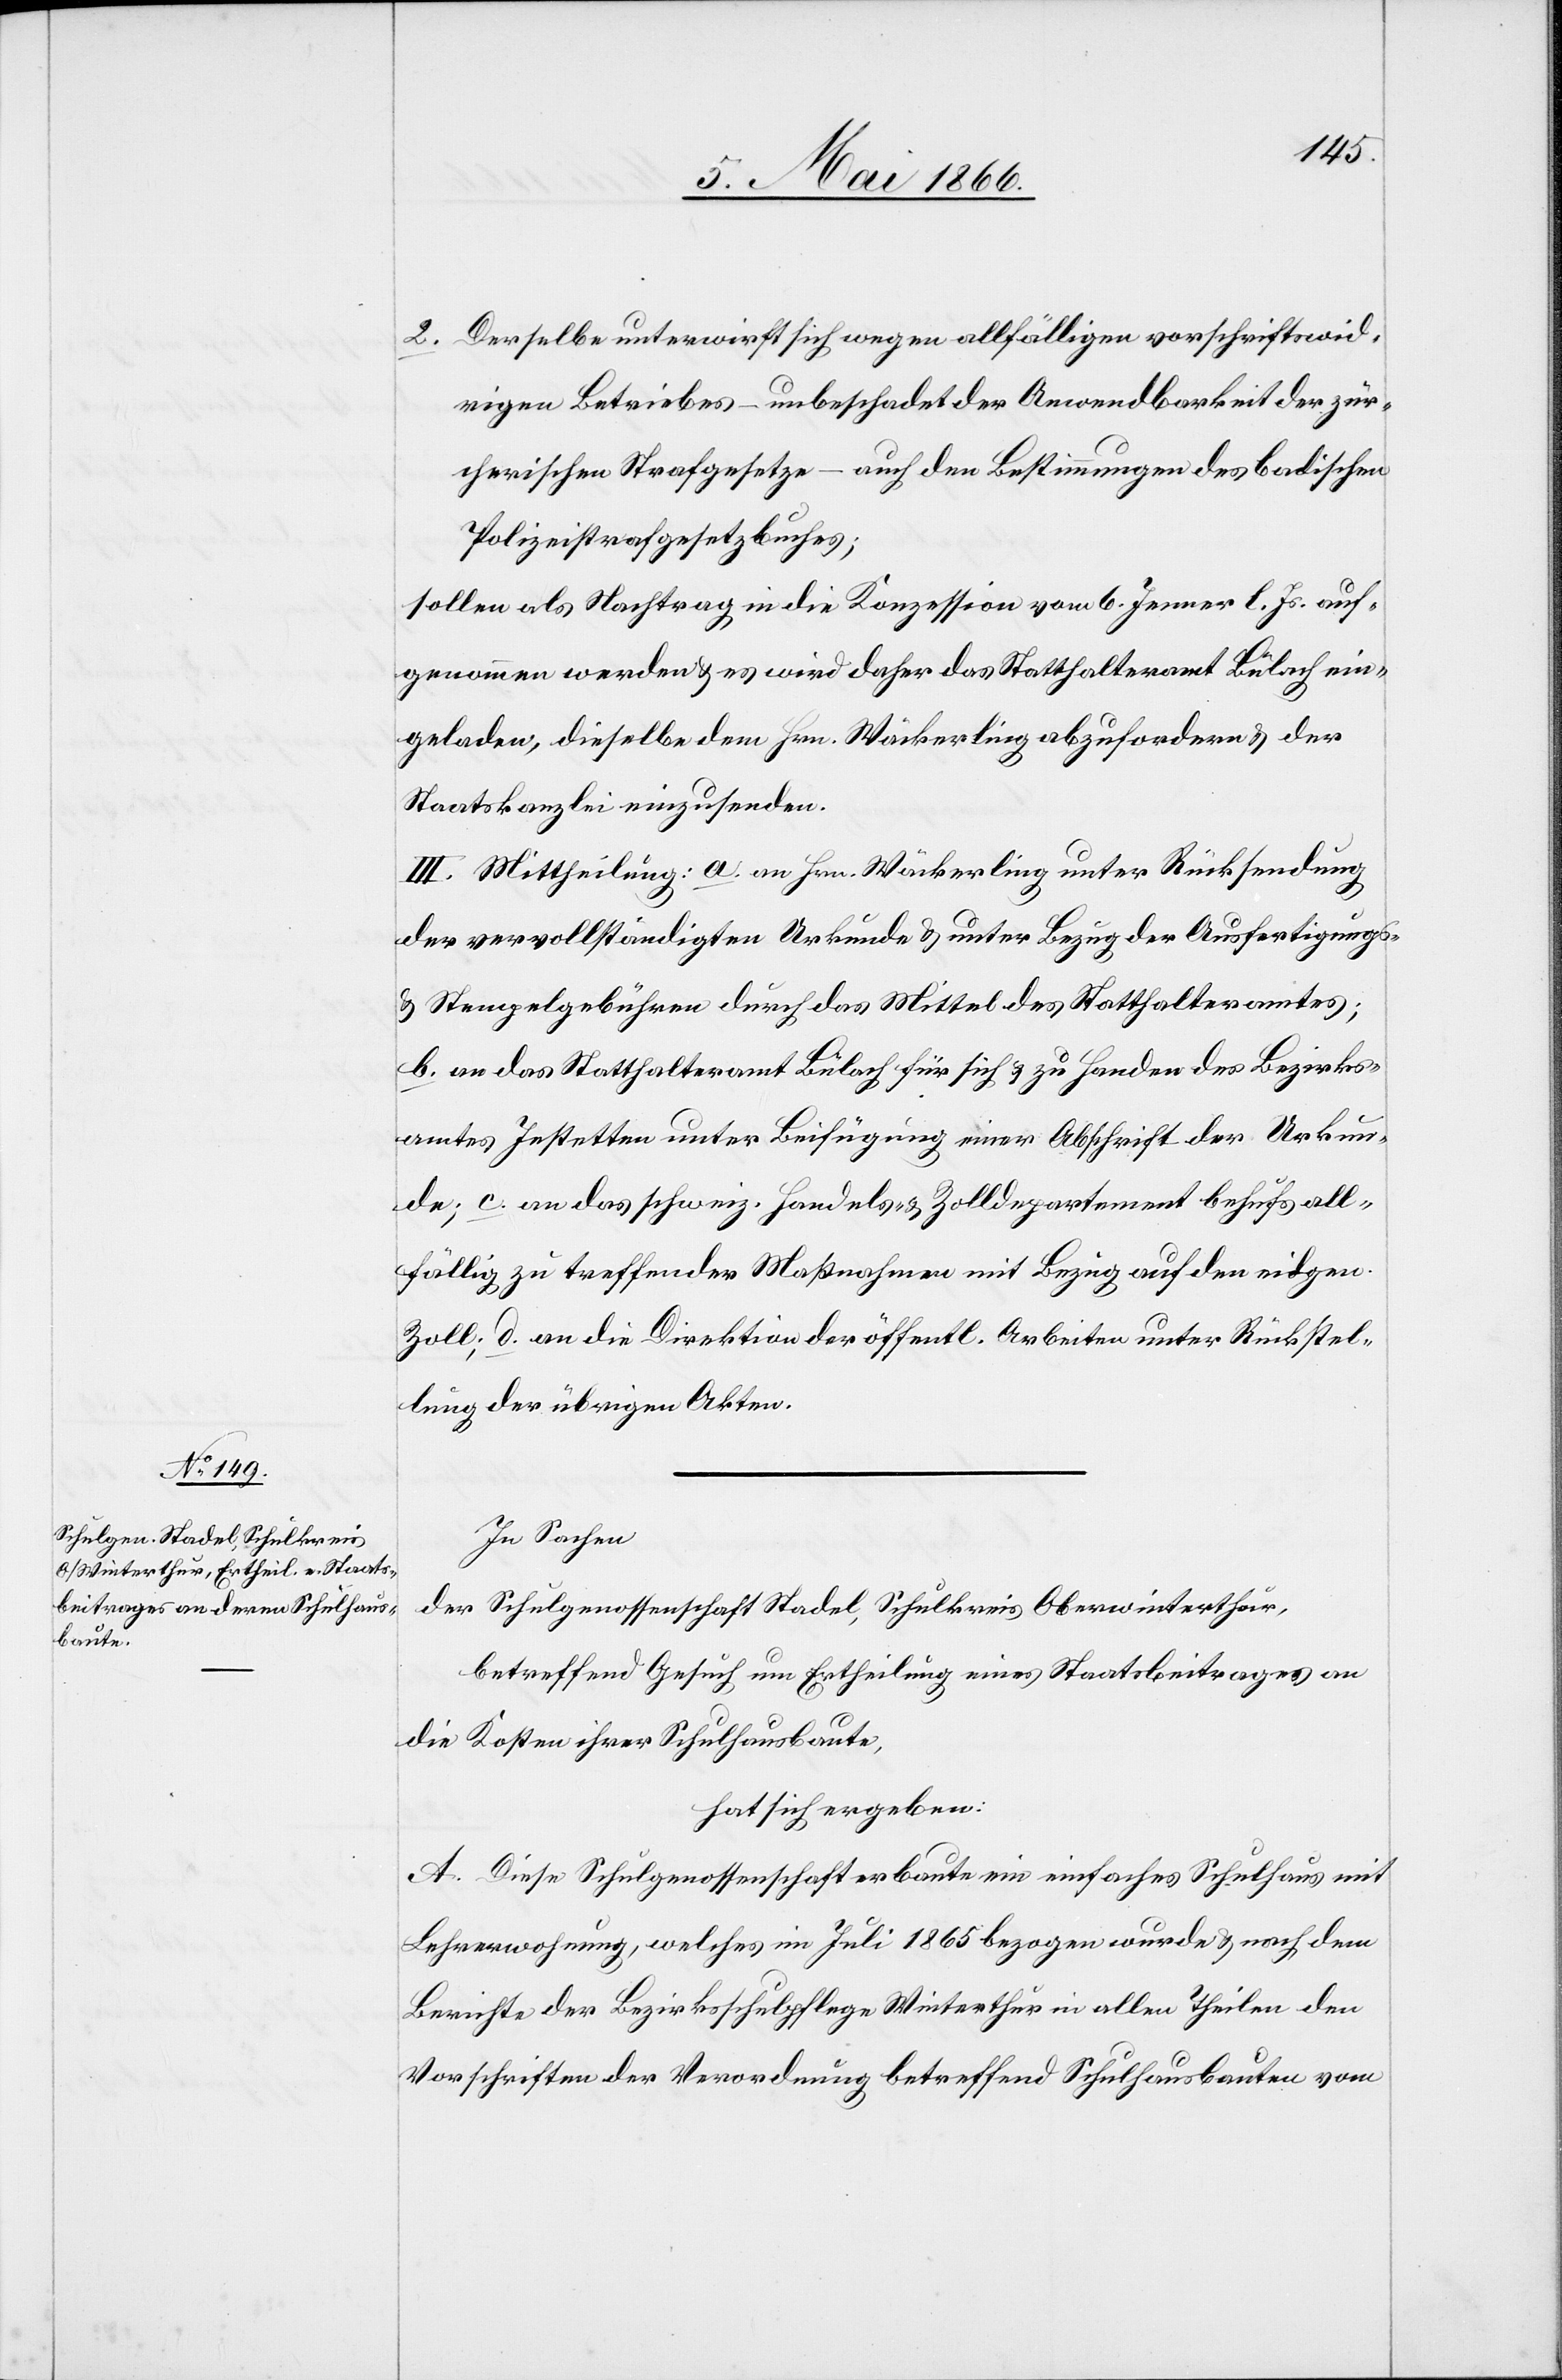
2. Derselbe unterwirft sich wegen allfälligen vorschriftswid¬
rigen Betriebes – unbeschadet der Anwendbarkeit der zür¬
cherischen Strafgesetze – auch den Bestimmungen des badischen
Polizeistrafgesetzbuches.
sollen als Nachtrag in die Konzession vom 6. Jenner l. Js. auf¬
genommen werden u. es wird daher das Statthalteramt Bülach ein¬
geladen, dieselbe dem Hrn. Mäckerling abzufordern u. der
Staatskanzlei einzusenden.
III. Mittheilung: a. an Hrn. Mäckerling unter Rücksendung
der vervollständigten Urkunde u. unter Bezug der Ausfertigungs-
u. Stempelgebühren durch das Mittel des Statthalteramtes;
b. an das Statthalteramt Bülach für sich u. zu Handen des Bezirks¬
amtes Jestetten unter Beifügung einer Abschrift der Urkun¬
de; c. an das schweiz. Handels- u. Zolldepartement behufs all¬
fällig zu treffender Maßnahmen mit Bezug auf den eidgen.
Zoll; d. an die Direktion der öffentl. Arbeiten unter Rückstel¬
lung der übrigen Akten.
In Sachen
der Schulgenossenschaft Stadel, Schulkreis Oberwinterthur,
betreffend Gesuch um Ertheilung eines Staatsbeitrages an
die Kosten ihrer Schulhausbaute,
hat sich ergeben:
A. Diese Schulgenossenschaft erbaute ein einfaches Schulhaus mit
Lehrerwohnung, welches im Juli 1865 bezogen wurde u. nach dem
Berichte der Bezirksschulpflege Winterthur in allen Theilen den
Vorschriften der Verordnung betreffend Schulhausbauten vom